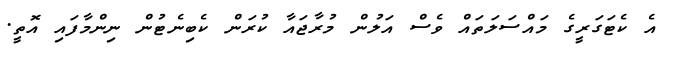
އެ ކެޓަގަރީގެ މައްސަލަތައް ވެސް އަލުން މުރާޖައާ ކުރަން ކެބިނެޓުން ނިންމާފައި އޮތީ.